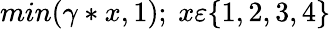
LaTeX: min(\gamma*x,1);\ x\varepsilon\{ 1,2,3,4\}